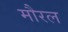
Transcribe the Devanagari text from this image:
मौरल